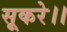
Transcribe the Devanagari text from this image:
सूकरे।।